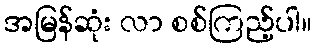
အမြန်ဆုံး လာ စစ်ကြည့်ပါ။